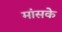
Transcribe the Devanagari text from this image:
मांसके